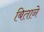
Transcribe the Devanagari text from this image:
बिताने